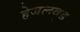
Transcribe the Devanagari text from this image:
हेजलवुड